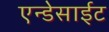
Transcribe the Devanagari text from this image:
एन्डेसाईट